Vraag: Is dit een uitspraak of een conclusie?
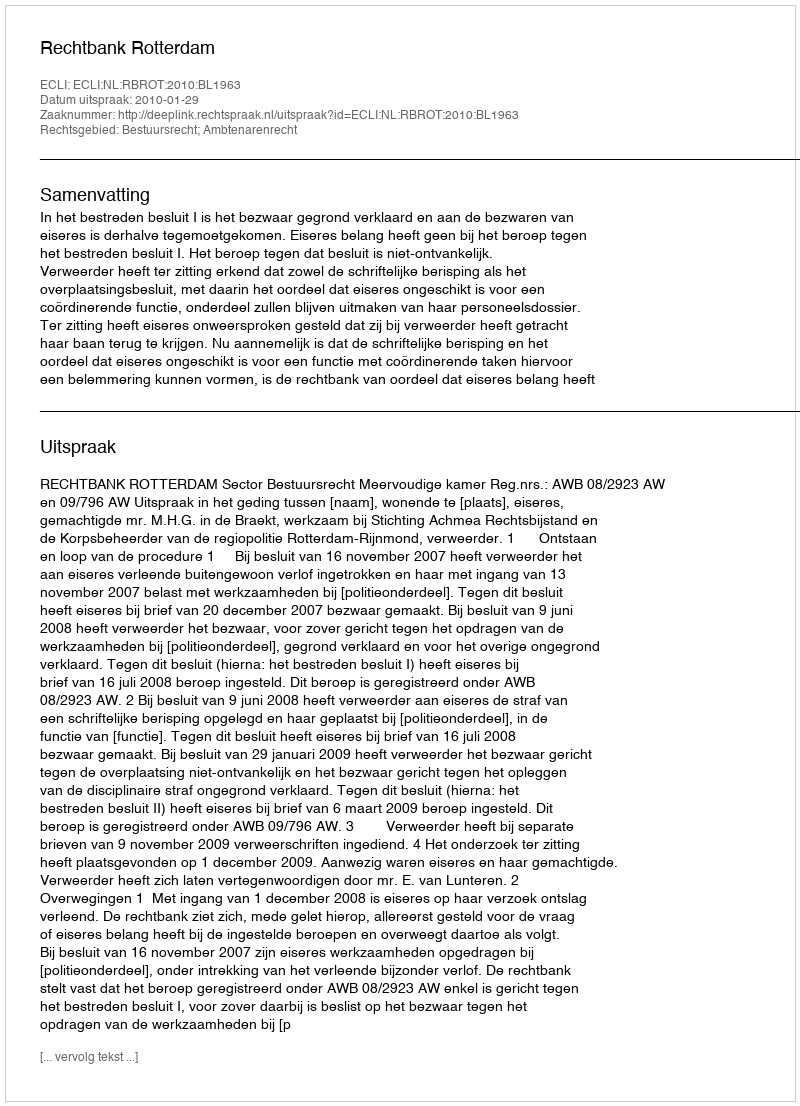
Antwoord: Uitspraak